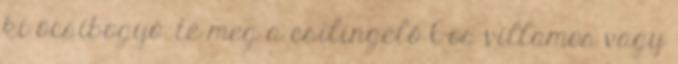
ki öcsibogyó. te meg a csilingelő 6-os villamos vagy